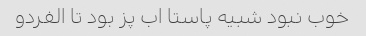
خوب نبود شبیه پاستا اب پز بود تا الفردو